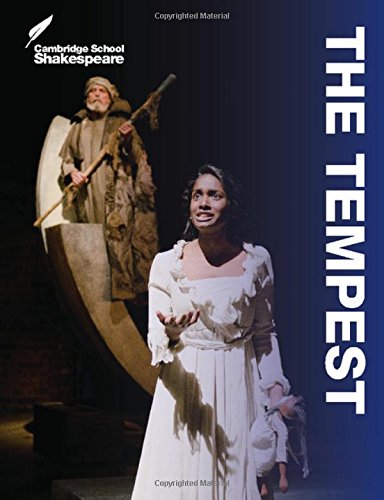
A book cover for The Tempest (Cambridge School Shakespeare); Rex Gibson; Children's Books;